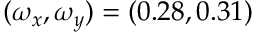
( \omega _ { x } , \omega _ { y } ) = ( 0 . 2 8 , 0 . 3 1 )